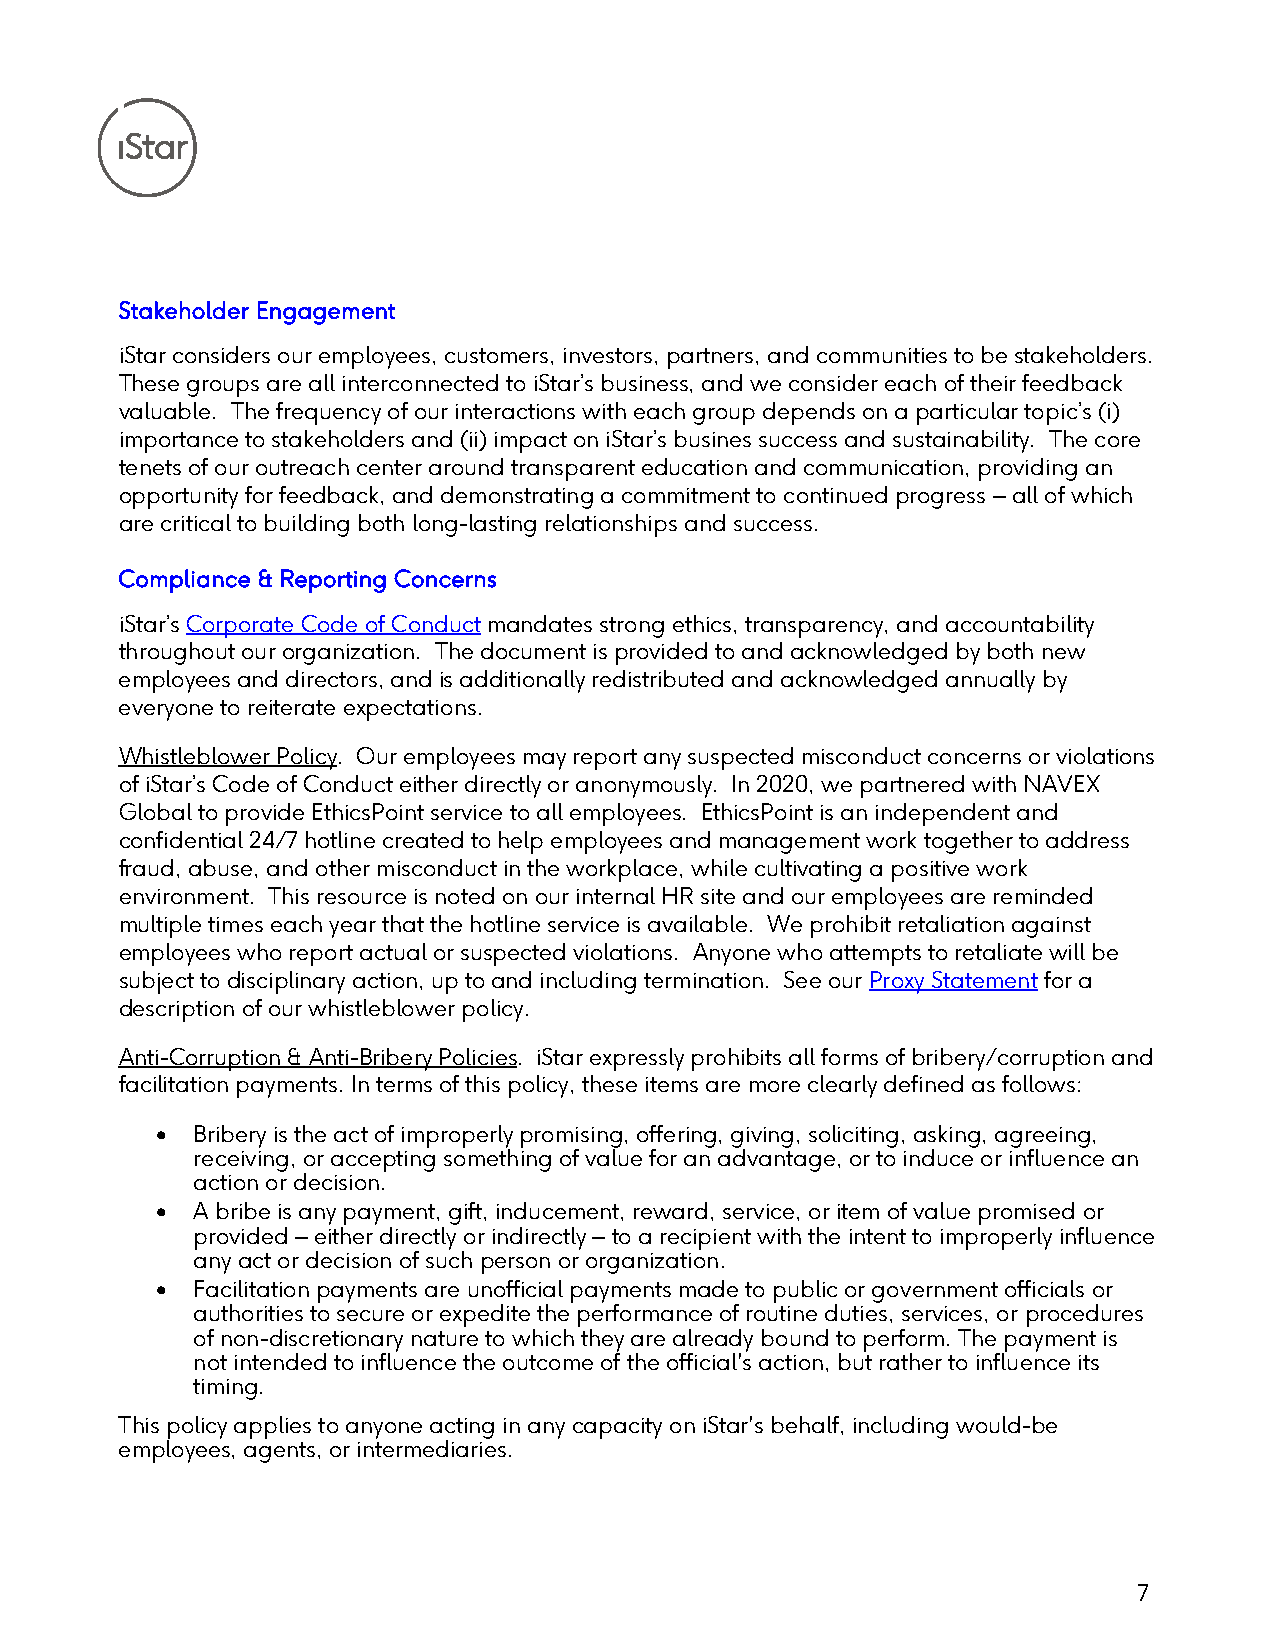
Stakeholder Engagement
 iStar considers our employees, customers, investors, partners, and communities to be stakeholders.
 These groups are all interconnected to iStar’s business, and we consider each of their feedback
 valuable. The frequency of our interactions with each group depends on a particular topic’s (i)
 importance to stakeholders and (ii) impact on iStar’s busines success and sustainability. The core
 tenets of our outreach center around transparent education and communication, providing an
 opportunity for feedback, and demonstrating a commitment to continued progress – all of which
 are critical to building both long-lasting relationships and success.
 Compliance & Reporting Concerns
 iStar’s Corporate Code of Conduct mandates strong ethics, transparency, and accountability
 throughout our organization. The document is provided to and acknowledged by both new
 employees and directors, and is additionally redistributed and acknowledged annually by
 everyone to reiterate expectations.
 Whistleblower Policy. Our employees may report any suspected misconduct concerns or violations
 of iStar’s Code of Conduct either directly or anonymously. In 2020, we partnered with NAVEX
 Global to provide EthicsPoint service to all employees. EthicsPoint is an independent and
 confidential 24/7 hotline created to help employees and management work together to address
 fraud, abuse, and other misconduct in the workplace, while cultivating a positive work
 environment. This resource is noted on our internal HR site and our employees are reminded
 multiple times each year that the hotline service is available. We prohibit retaliation against
 employees who report actual or suspected violations. Anyone who attempts to retaliate will be
 subject to disciplinary action, up to and including termination. See our Proxy Statement for a
 description of our whistleblower policy.
 Anti-Corruption & Anti-Bribery Policies. iStar expressly prohibits all forms of bribery/corruption and
 facilitation payments. In terms of this policy, these items are more clearly defined as follows:
 •  Bribery is the act of improperly promising, offering, giving, soliciting, asking, agreeing,
 receiving, or accepting something of value for an advantage, or to induce or influence an
 action or decision.
 •  A bribe is any payment, gift, inducement, reward, service, or item of value promised or
 provided – either directly or indirectly – to a recipient with the intent to improperly influence
 any act or decision of such person or organization.
 •  Facilitation payments are unofficial payments made to public or government officials or
 authorities to secure or expedite the performance of routine duties, services, or procedures
 of non-discretionary nature to which they are already bound to perform. The payment is
 not intended to influence the outcome of the official's action, but rather to influence its
 timing.
 This policy applies to anyone acting in any capacity on iStar's behalf, including would-be
 employees, agents, or intermediaries.
 7